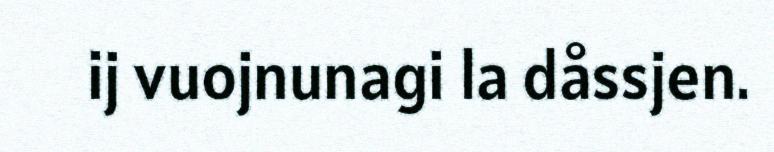
ij vuojnunagi la dåssjen.